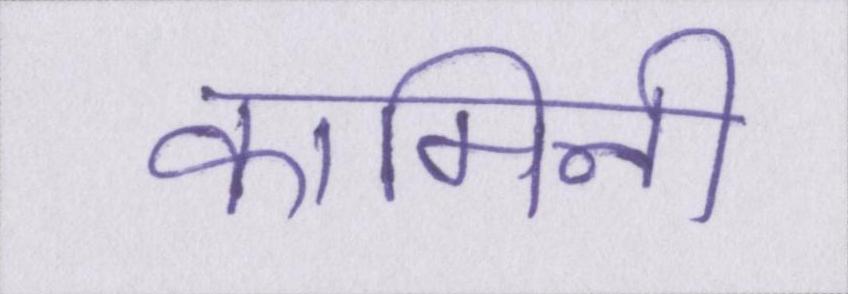
कामिनी